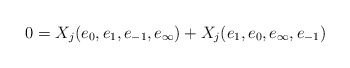
\begin{align*}0=X_j(e_0,e_1,e_{-1},e_\infty)+X_j(e_1,e_0,e_\infty,e_{-1})\end{align*}